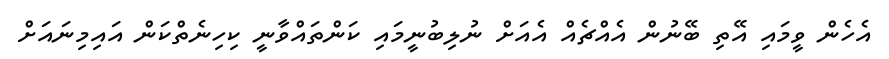
އެހެން ވީމައި އޭތި ބޭނުން އެއްޗެއް އެއަށް ނުލިބުނީމައި ކަންތައްވާނީ ކިހިނެތްކަން އައިމިނައަށް